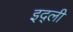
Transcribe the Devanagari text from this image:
इद्ली